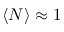
\langle N \rangle \approx 1